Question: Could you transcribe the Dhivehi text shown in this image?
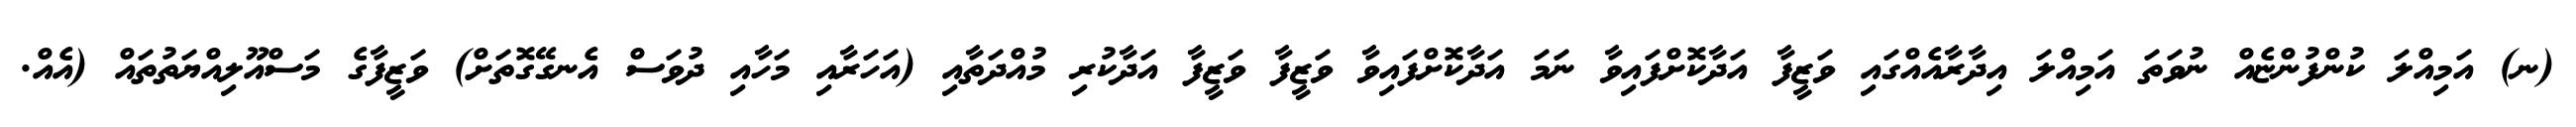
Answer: (ނ) އަމިއްލަ ކުންފުންޏެއް ނުވަތަ އަމިއްލަ އިދާރާއެއްގައި ވަޒީފާ އަދާކޮށްފައިވާ ނަމަ އަދާކޮށްފައިވާ ވަޒީފާ ވަޒީފާ އަދާކުރި މުއްދަތާއި (އަހަރާއި މަހާއި ދުވަސް އެނގޭގޮތަށް) ވަޒީފާގެ މަސްއޫލިއްޔަތުތައް (އެއް.